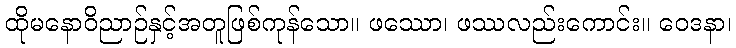
ထိုမနောဝိညာဉ်နှင့်အတူဖြစ်ကုန်သော။ ဖဿော၊ ဖဿလည်းကောင်း။ ဝေဒနာ၊